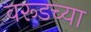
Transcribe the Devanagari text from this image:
वरूडच्या